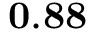
\mathbf { 0 . 8 8 }